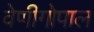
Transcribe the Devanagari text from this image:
वेणीगोपाल